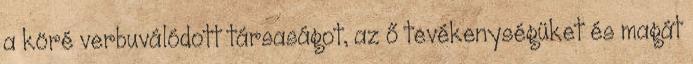
a köré verbuválódott társaságot, az ő tevékenységüket és magát